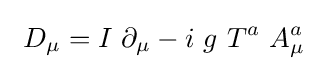
\ D_{\mu }=I\ \partial _{\mu }-i\ g\ T^{a}\ A_{\mu }^{a}\